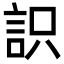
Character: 䛊